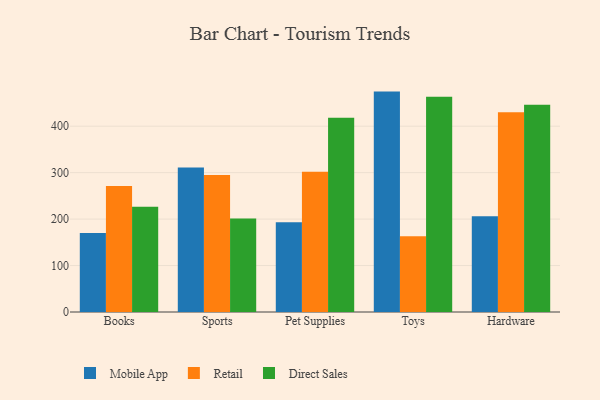
{"axis": {"x": "Category", "y": "Customer Acquisition Cost (USD)"}, "legend": ["Direct Sales", "Mobile App", "Retail"], "data": [{"x": "Books", "y": 170.3, "type": "Mobile App"}, {"x": "Books", "y": 271.0, "type": "Retail"}, {"x": "Books", "y": 226.5, "type": "Direct Sales"}, {"x": "Sports", "y": 310.9, "type": "Mobile App"}, {"x": "Sports", "y": 294.8, "type": "Retail"}, {"x": "Sports", "y": 201.1, "type": "Direct Sales"}, {"x": "Pet Supplies", "y": 193.2, "type": "Mobile App"}, {"x": "Pet Supplies", "y": 302.1, "type": "Retail"}, {"x": "Pet Supplies", "y": 418.3, "type": "Direct Sales"}, {"x": "Toys", "y": 474.5, "type": "Mobile App"}, {"x": "Toys", "y": 163.1, "type": "Retail"}, {"x": "Toys", "y": 463.4, "type": "Direct Sales"}, {"x": "Hardware", "y": 206.1, "type": "Mobile App"}, {"x": "Hardware", "y": 430.2, "type": "Retail"}, {"x": "Hardware", "y": 446.0, "type": "Direct Sales"}]}